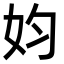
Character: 㚬